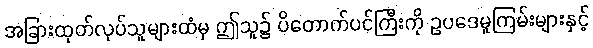
အခြားထုတ်လုပ်သူများထံမှ ဤသူ၌ ပိတောက်ပင်ကြီးကို ဥပဒေမူကြမ်းများနှင့်